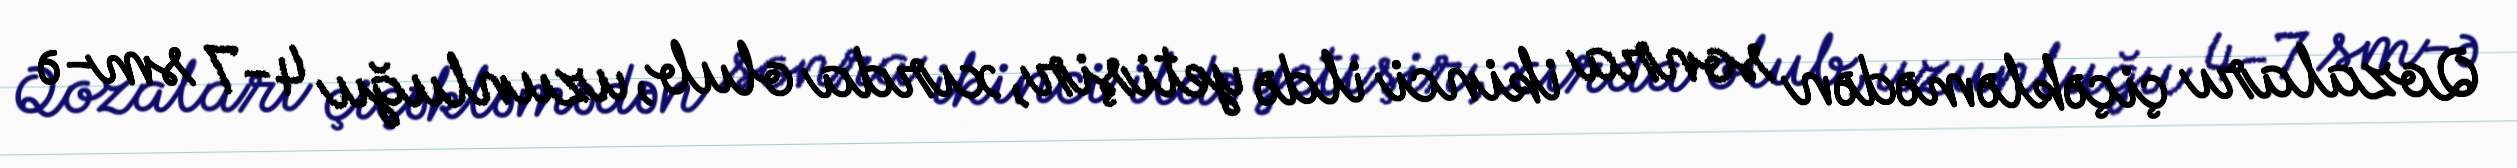
Qozaları çiçəkləmədən sonra ikinci ildə yetişir, xırda olub, uzunluğu 4-7 sm-ə